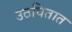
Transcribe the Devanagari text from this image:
उठवितात